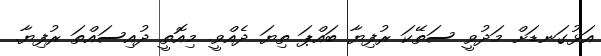
އަޅުގަނޑަށް މަދުވީ ސަތޭކަ ރުފިޔާ ބައްޕަ ތިޔަ ދެއްވީ. މިއޮތީ ދުއިސައްތަ ރުފިޔާ.